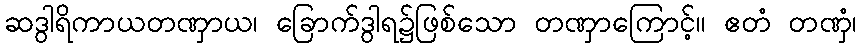
ဆဒွါရိကာယတဏှာယ၊ ခြောက်ဒွါရ၌ဖြစ်သော တဏှာကြောင့်။ ဧတံ တဏှံ၊